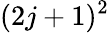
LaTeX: (2j+1)^{2}